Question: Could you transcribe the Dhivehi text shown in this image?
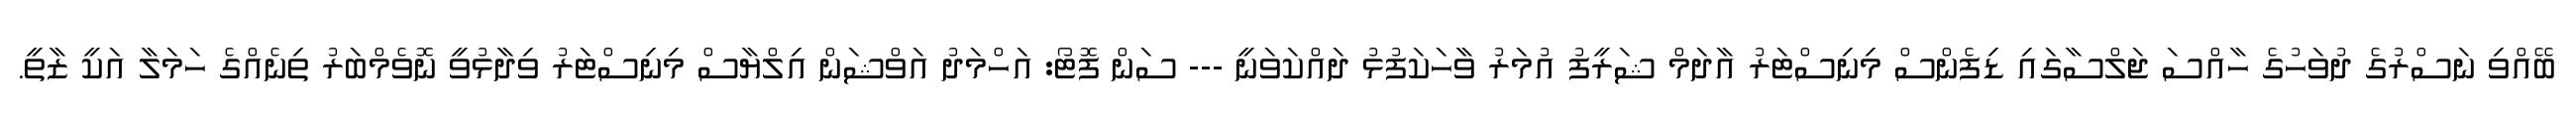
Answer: ބޭއްވި ނަސްރުގެ ދުވަހުގެ ހާއްސަ ޖަލްސާގައި ޑިފެންސް މިނިސްޓަރު އާދަމް ޝަރީފު އުމަރު ވާހަކަފުޅު ދައްކަވަނީ --- ސަން ފޮޓޯ: އަހްމަދު އަވްޝަން އިލްޔާސް މިނިސްޓަރު ވިދާޅުވީ ނޮވެމްބަރު ތިނެއްގެ ހަމަލާ އަކީ ޒާތީ.